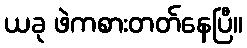
ယခု ဖဲကစားတတ်နေပြီ။